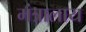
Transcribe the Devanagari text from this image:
मंत्रालाय